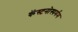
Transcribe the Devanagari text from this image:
कॅस्टनोस्पर्मम